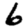
Digit: 6